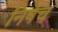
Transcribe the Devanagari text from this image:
निषेच